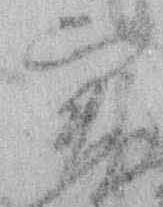
実